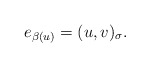
\begin{align*}e_{\beta(u)}=(u,v)_{\sigma}. \end{align*}